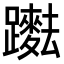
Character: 𨇞